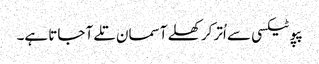
پپو ٹیکسی سے اُتر کر کھلے آسمان تلے آ جاتا ہے۔